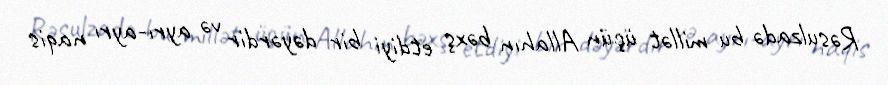
Rəsulzadə bu millət üçün Allahın bəxş etdiyi bir dəyərdir və ayrı-ayrı naqis